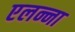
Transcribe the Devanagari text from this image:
एलन्ना